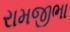
રામજીભા